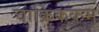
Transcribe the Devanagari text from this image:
चाक्रिकक्रम